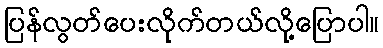
ပြန်လွတ်ပေးလိုက်တယ်လို့ပြောပါ။